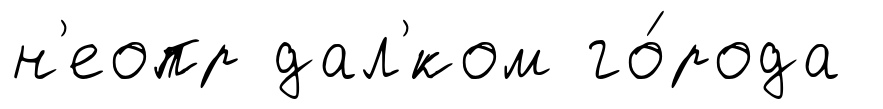
н'еопр дал'́ком го́рода